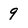
Character: 9